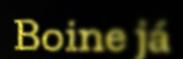
Boine já